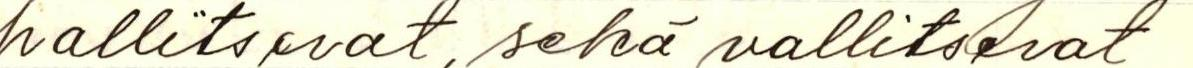
hallitsevat, sekä vallitsevat